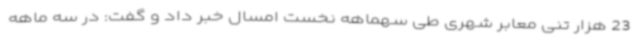
23 هزار تنی معابر شهری طی سهماهه نخست امسال خبر داد و گفت: در سه ماهه